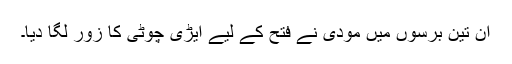
ان تین برسوں میں مودی نے فتح کے لیے ایڑی چوٹی کا زور لگا دیا۔